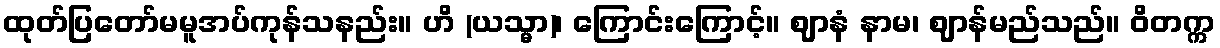
ထုတ်ပြတော်မမူအပ်ကုန်သနည်း။ ဟိ (ယသ္မာ)၊ ကြောင်းကြောင့်။ ဈာနံ နာမ၊ ဈာန်မည်သည်။ ဝိတက္က